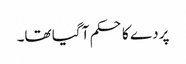
پردے کا حکم آ گیا تھا۔